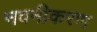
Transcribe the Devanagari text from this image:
नवनीकरण